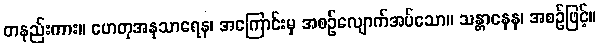
တနည်းကား။ ဟေတုအနုသာရေန၊ အကြောင်းမှ အစဉ်လျောက်အပ်သော။ သန္တာနေန၊ အစဉ်ဖြင့်။